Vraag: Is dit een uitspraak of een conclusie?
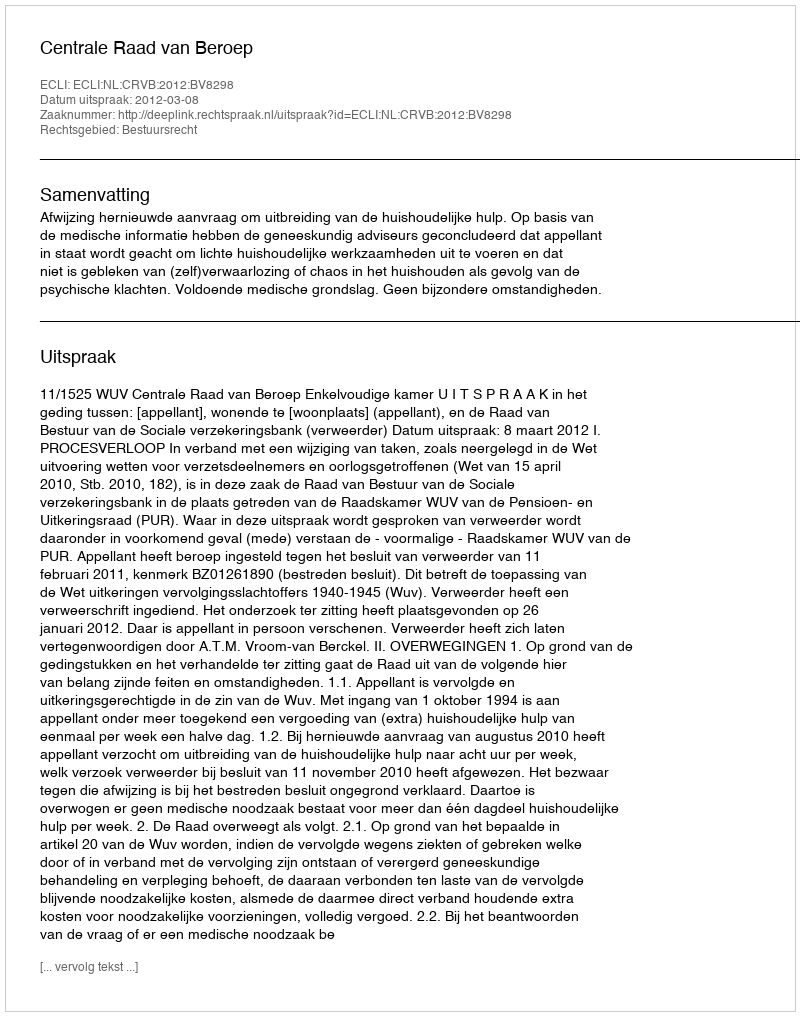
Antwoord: Uitspraak